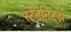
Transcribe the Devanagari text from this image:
स्टेइनिट्झ